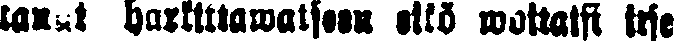
tanut harkitsewansa eikö woitaisi itse